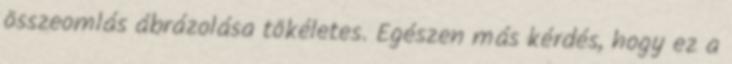
összeomlás ábrázolása tökéletes. Egészen más kérdés, hogy ez a